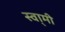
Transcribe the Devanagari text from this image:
स्वा्मी